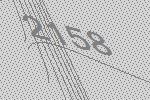
2158